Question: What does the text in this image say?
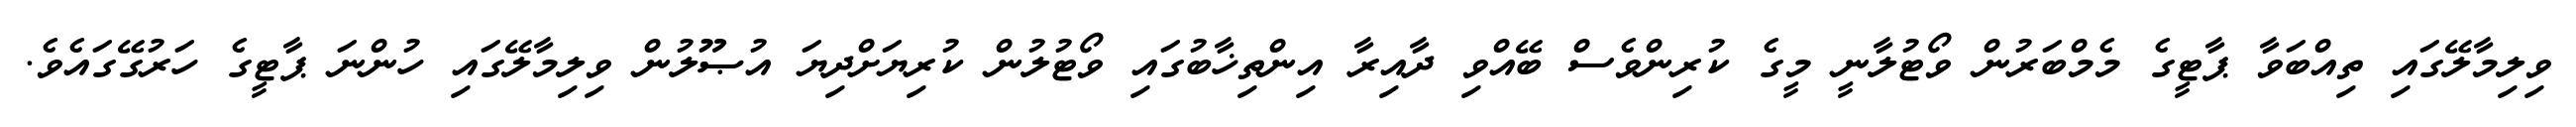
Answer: ވިލިމާލޭގައި ތިއްބަވާ ޕާޓީގެ މެމްބަރުން ވޯޓުލާނީ މީގެ ކުރިންވެސް ބޭއްވި ދާއިރާ އިންތިޚާބުގައި ވޯޓުލުން ކުރިޔަށްދިޔަ އުޞޫލުން ވިލިމާލޭގައި ހުންނަ ޕާޓީގެ ހަރުގޭގައެވެ.